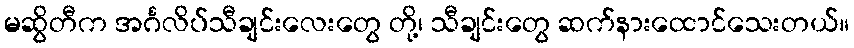
မဆွိတီက အင်္ဂလိပ်သီချင်းလေးတွေ တို့၊ သီချင်းတွေ ဆက်နားထောင်သေးတယ်။